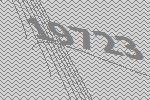
19723